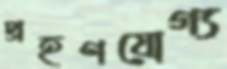
প্রহণযোগ্য